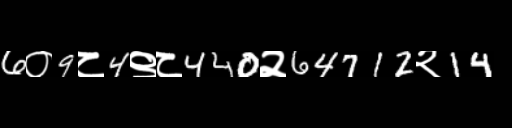
Text: 6०9८4९८440२64712२14